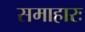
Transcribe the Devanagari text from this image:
समाहारः